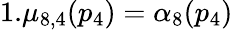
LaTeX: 1.\mu_{8,4}(p_{4})=\alpha_{8}(p_{4})